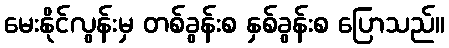
မေးနိုင်လွန်းမှ တစ်ခွန်းစ နှစ်ခွန်းစ ပြောသည်။